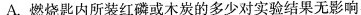
A.燃烧匙内所装红磷或木炭的多少对实验结果无影响